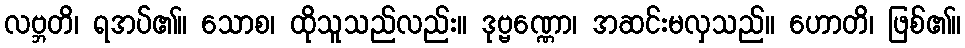
လဗ္ဘတိ၊ ရအပ်၏။ သောစ၊ ထိုသူသည်လည်း။ ဒုဗ္ဗဏ္ဏော၊ အဆင်းမလှသည်။ ဟောတိ၊ ဖြစ်၏။